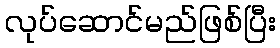
လုပ်ဆောင်မည်ဖြစ်ပြီး